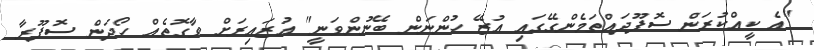
"އެ ކީއްކުރަން ސޮފޫދައްތަމެންގޭގައި އުޒޭ ހުންނަން ބޭނުންވަނީ" އުޒައިރަށް ވާގޮތެއް ހޯދަން ސޮފޫރާ